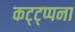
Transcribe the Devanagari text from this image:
कट्ट्प्पना